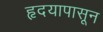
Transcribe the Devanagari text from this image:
हृदयापासून